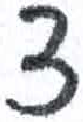
אות: צ